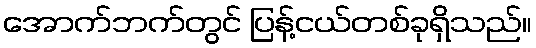
အောက်ဘက်တွင် ပြန့်ငယ်တစ်ခုရှိသည်။